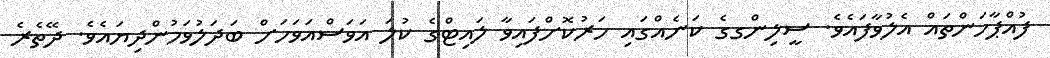
ފުއްޕާހަންތައް އެލުވާފައެވެ. ސީލިންގގެ ކަނެއްގައި ހަރުކޮށްފައިވާ ލައިޓްގެ ކުލަ އަވަސްއަވަހަށް ބަދަލުވަމުންދިޔައެވެ. ދޭތެރެ